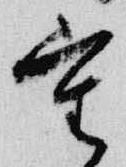
審